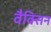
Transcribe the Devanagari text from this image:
वैक्सिन